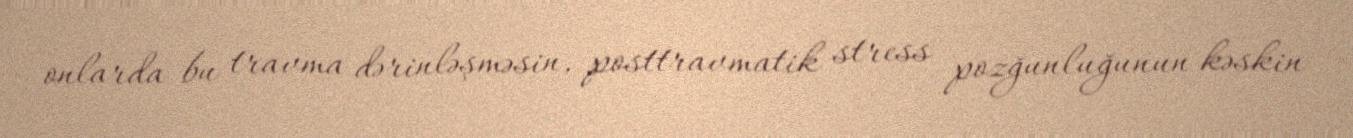
onlarda bu travma dərinləşməsin, posttravmatik stress pozğunluğunun kəskin